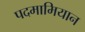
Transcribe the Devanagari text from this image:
पदमामियान